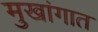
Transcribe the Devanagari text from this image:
मुखांगात